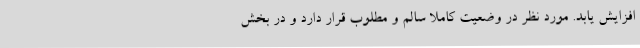
افزایش یابد. مورد نظر در وضعیت کاملا سالم و مطلوب قرار دارد و در بخش